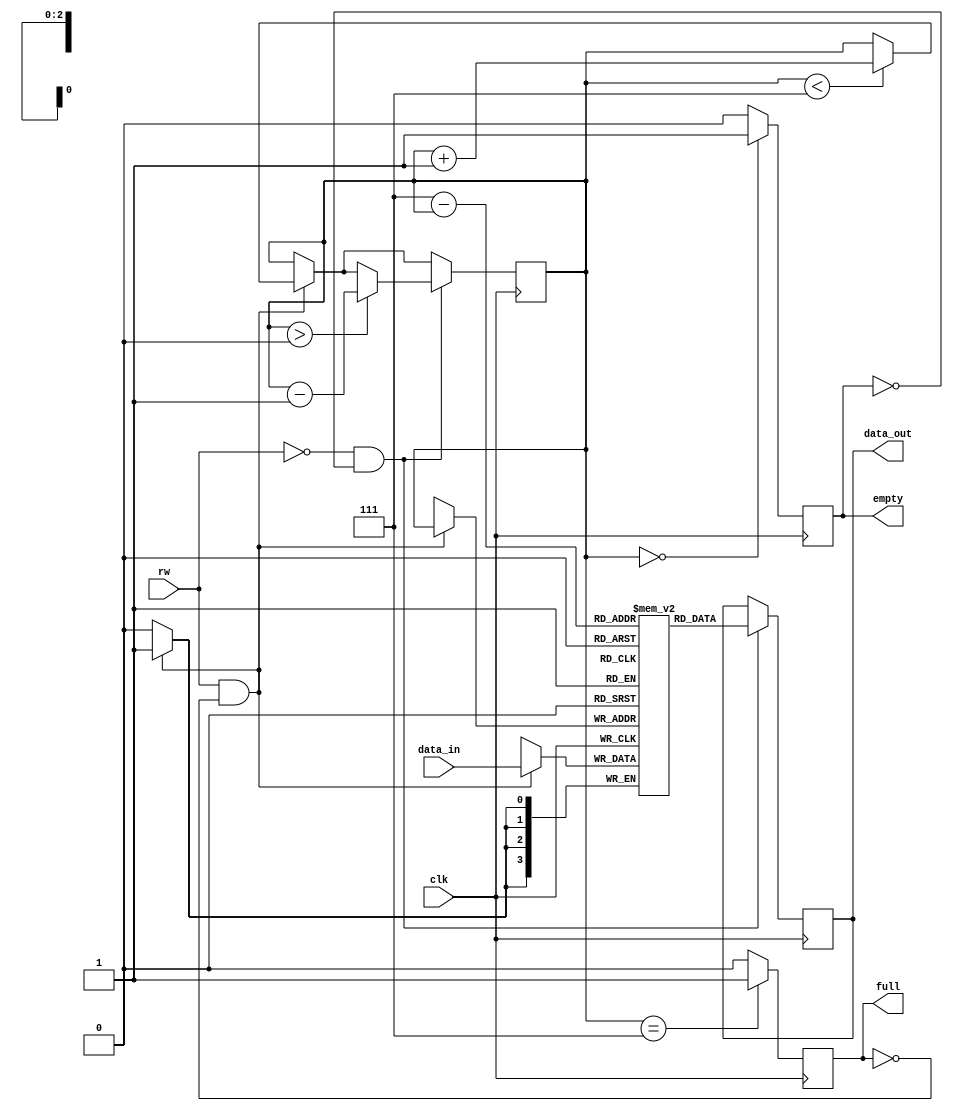
`timescale 1ns / 1ps
//////////////////////////////////////////////////////////////////////////////////
// Company: 
// Engineer: 
// 
// Design Name: 
// Module Name:    FIFO 
// Project Name: 
// Target Devices: 
// Tool versions: 
// Description: 
//
// Dependencies: 
//
// Revision: 
// Revision 0.01 - File Created
// Additional Comments: 
//
//////////////////////////////////////////////////////////////////////////////////
module FIFO(

input rw,clk,
input [3:0] data_in,
output full,empty,
output reg [3:0] data_out
    );

reg [3:0] stack [0:7];
reg [2:0] counter = 3'd0;
reg fulll=1'b0,emptyy=1'b1;

initial
begin
stack[0]= 4'b0;
stack[1]= 4'b0;
stack[2]= 4'b0;
stack[3]= 4'b0;
stack[4]= 4'b0;
stack[5]= 4'b0;
stack[6]= 4'b0;
stack[7]= 4'b0;
data_out= 4'b0;
end 

always@(posedge clk)
begin
if (counter == 3'd7)
fulll <= 1'b1;
else
fulll <= 1'b0;

if (counter == 3'd0)
emptyy <= 1'b1;
else
emptyy <= 1'b0;
/////////write
if (rw && (~fulll))
begin
stack [counter]<= data_in;

if (counter < 3'd7)
begin
counter <= counter + 3'd1;
end
end
/////////read
if (~rw && (~emptyy))
begin
data_out <= stack[7-counter];
if (counter > 3'd0)
begin
counter <= counter - 3'd1;
end
end

end

assign full= fulll;
assign empty= emptyy;

endmodule